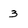
Character: 3